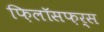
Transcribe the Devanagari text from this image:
फ़िलॉसफ़र्स